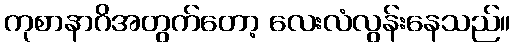
ကုစာနာဂိအတွက်တော့ လေးလံလွန်းနေသည်။